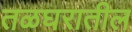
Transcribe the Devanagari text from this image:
तळघरातील